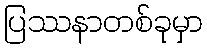
ပြဿနာတစ်ခုမှာ